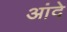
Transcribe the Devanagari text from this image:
आंदे